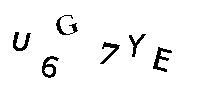
U6G7YE